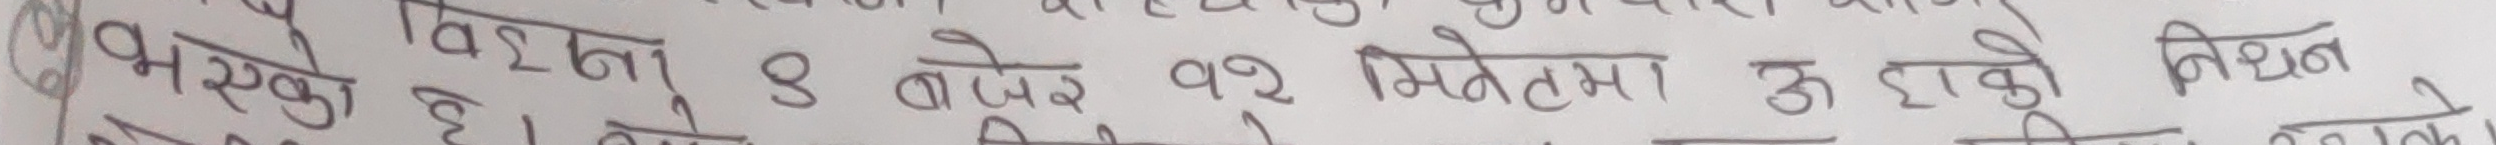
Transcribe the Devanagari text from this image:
भएको छ । यो ८ बजेर १२ मिनेटमा ऊ हाको निधन